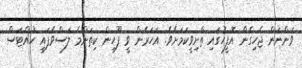
ވަންނަން ޖެހިގެން އޮފީހުގައި ތާށިވީކަމަށެވެ. އަހަރެން ވީ ފޫހިން ކިތަންމެ ލަސްވެފައި ހުއްޓަސް